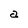
Character: a